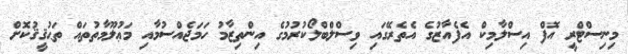
މިނިސްޓްރީ އޮފް އިސްލާމިކް އެފެއާޒުގެ އެތެރޭގައި ވިސްލްބްލޯކުރުމުގެ އިންތިޒާމު ހަމަޖެއްސުމާއި މަޢުލޫމާތުތައް ތަޙުޤީޤުކޮށް